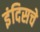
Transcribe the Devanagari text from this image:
इंदिसचे